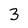
Character: 3